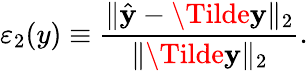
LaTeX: \varepsilon_{2}(y)\equiv\frac{\| \hat{\mathbf{y}}-\Tilde{\mathbf{y}}\| _{2}}{\| \Tilde{\mathbf{y}}\| _{2}}.